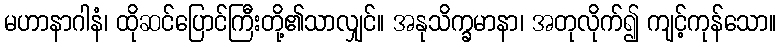
မဟာနာဂါနံ၊ ထိုဆင်ပြောင်ကြီးတို့၏သာလျှင်။ အနုသိက္ခမာနာ၊ အတုလိုက်၍ ကျင့်ကုန်သော။